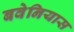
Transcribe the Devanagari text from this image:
बवेनियास